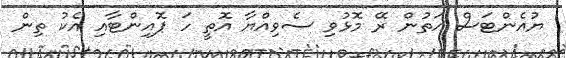
ޔުއެންޓަސް އަތުން ރޭ މޮޅުވި ސެވިއްޔާ އޮތީ ހަ ޕޮއިންޓާއި އެކު ތިން